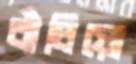
বাঁচিয়ো